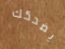
يضحكك